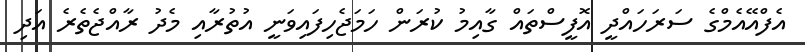
އެފްއޭއެމްގެ ސަރަހައްދީ އޮފީސްތައް ގާއިމު ކުރަން ހަމަޖެހިފައިވަނީ އުތުރާއި މެދު ރާއްޖެތެރެ އަދި